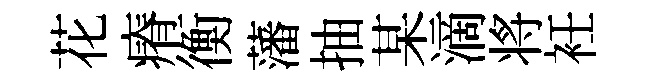
花瘠衡藩抽某滴将衽